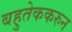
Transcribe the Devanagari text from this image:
बहुतेककरुन